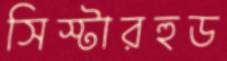
সিস্টারহুড